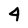
Character: 4